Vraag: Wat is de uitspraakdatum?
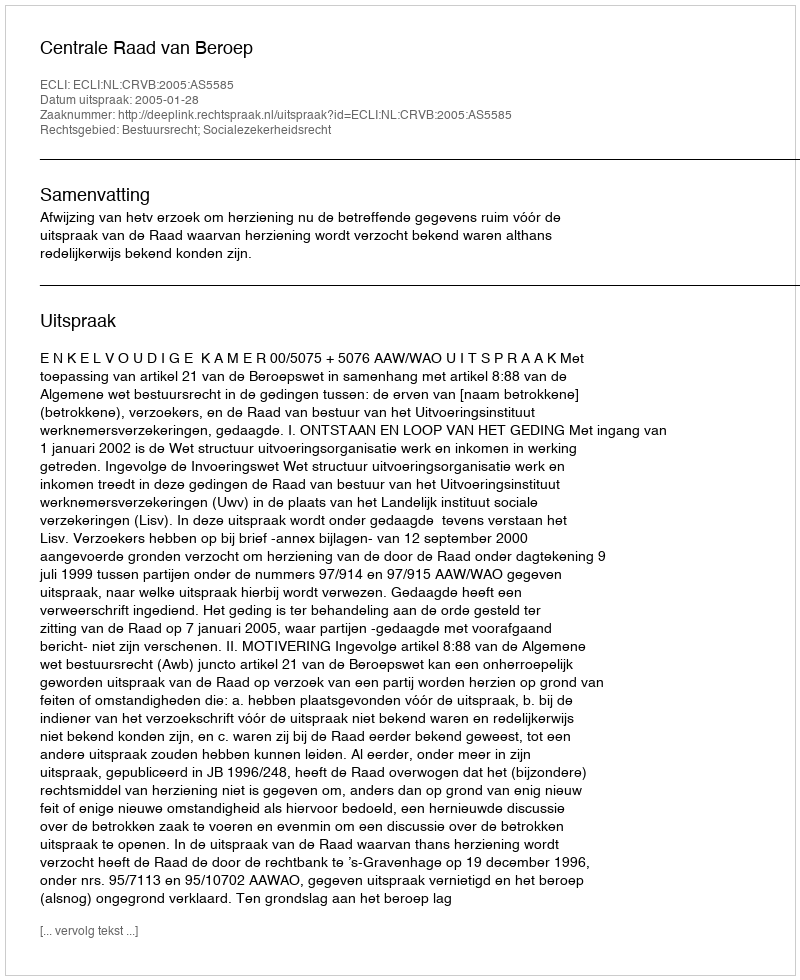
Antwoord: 2005-01-28